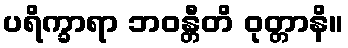
ပရိက္ခာရာ ဘဝန္တီတိ ဝုတ္တာနိ။